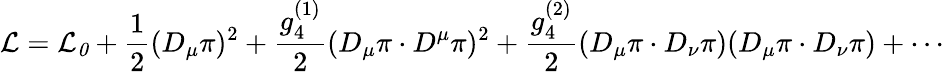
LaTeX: {\cal L}={\cal L_{0}}+\frac{1}{2}(D_{\mu}\pi)^{2}+\frac{g_{4}^{(1)}}{2}(D_{\mu}\pi\cdot D^{\mu}\pi)^{2}+\frac{g_{4}^{(2)}}{2}(D_{\mu}\pi\cdot D_{\nu}\pi)(D_{\mu}\pi\cdot D_{\nu}\pi)+\cdots